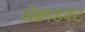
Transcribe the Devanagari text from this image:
ॲक्वाडक्ट